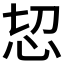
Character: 𢘰